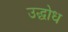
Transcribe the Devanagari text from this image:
उद्घोध